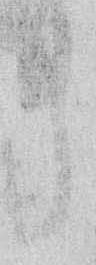
ら